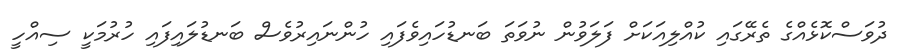
ދުވަސްކޮޅެއްގެ ތެރޭގައި ކުއްލިއަކަށް ފަލަވުން ނުވަތަ ބަނޑުހައިވެފައި ހުންނައިރުވެސް ބަނޑުލައިފައި ހުރުމަކީ ސިއްހީ